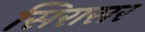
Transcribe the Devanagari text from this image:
सिरासर